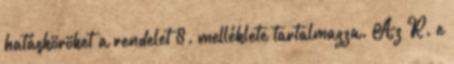
hatásköröket a rendelet 8. melléklete tartalmazza. Az R. e